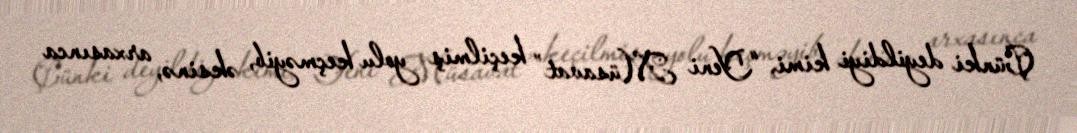
Çünki deyildiyi kimi, “Yeni Müsavat” keçilmiş yolu keçməyib, əksinə, arxasınca